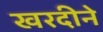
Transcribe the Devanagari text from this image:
खरदीने